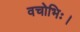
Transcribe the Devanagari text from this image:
वचोभिः।